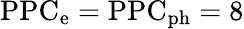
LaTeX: \mathrm{PPC_{\mathrm{e}}=\mathrm{PPC_{\mathrm{ph}}=8}}